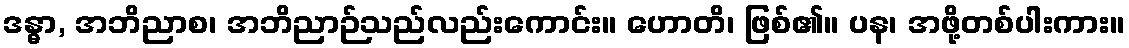
ဒန္ဓာ, အဘိညာစ၊ အဘိညာဉ်သည်လည်းကောင်း။ ဟောတိ၊ ဖြစ်၏။ ပန၊ အဖို့တစ်ပါးကား။